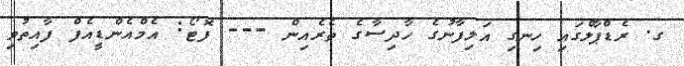
ގ. ރެޑްޕާލްގައި ހިނގި އަލިފާނުގެ ހާދިސާގެ ތެރެއިން --- ފޮޓޯ: އެމްއެންޑީއެފް ފާއިތުވި